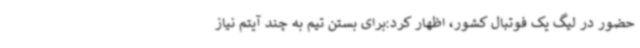
حضور در لیگ یک فوتبال کشور، اظهار کرد:برای بستن تیم به چند آیتم نیاز